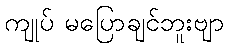
ကျုပ် မပြောချင်ဘူးဗျာ